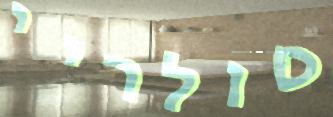
סולריי